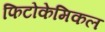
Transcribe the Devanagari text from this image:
फिटोकेमिकल